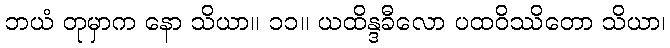
ဘယံ တုမှာက နော သိယာ။ ၁၁။ ယထိန္ဒခီလော ပထဝိဿိတော သိယာ၊